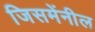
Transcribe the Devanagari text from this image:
जिसमेंनील